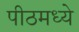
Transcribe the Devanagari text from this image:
पीठमध्ये